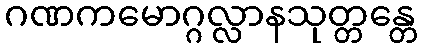
ဂဏကမောဂ္ဂလ္လာနသုတ္တန္တေ